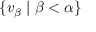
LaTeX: \{ v _ { \beta } \mid \beta < \alpha \}